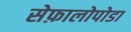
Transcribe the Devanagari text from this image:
सेफ़ालोपोडा